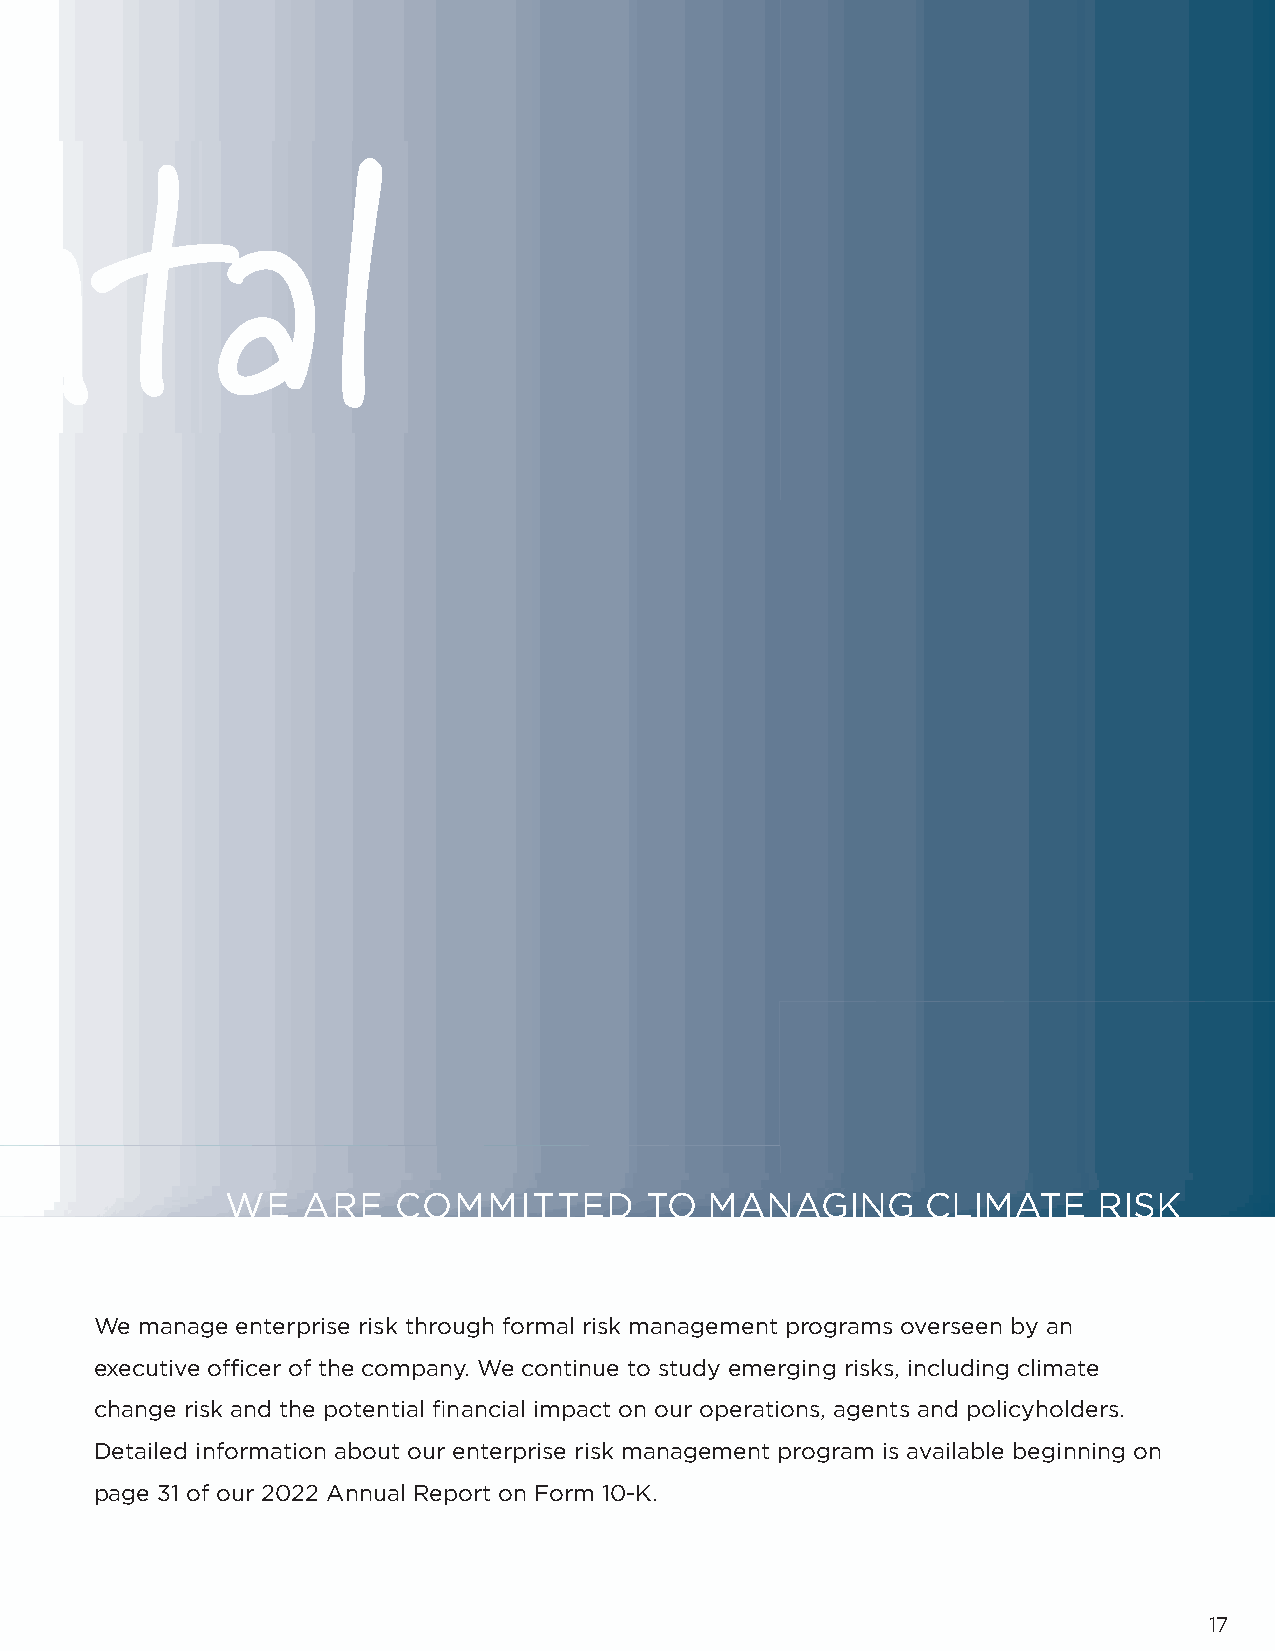
Environmental
 WE   ARE   COMMITTED        TO  MANAGING      CLIMATE     RISK
 We manage enterprise risk through formal risk management programs overseen by an
 executive offi cer of the company. We continue to study emerging risks, including climate
 change risk and the potential fi nancial impact on our operations, agents and policyholders.
 Detailed information about our enterprise risk management program is available beginning on
 page 31 of our 2022 Annual Report on Form 10-K.
 17